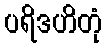
ပရိဒဟိတုံ